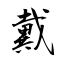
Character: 戴